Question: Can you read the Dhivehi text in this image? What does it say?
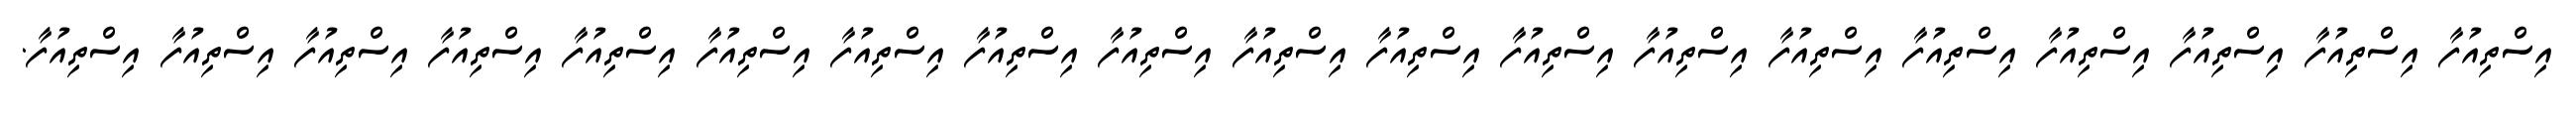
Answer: އިސްތިއުފާ އިސްތިއުފާ އިސްތިއުފާ އިސްތިއުފާ އިސްތިއުފާ އިސްތިއުފާ އިސްތިއުފާ އިސްތިއުފާ އިސްތިއުފާ އިސްތިއުފާ އިސްތިއުފާ އިސްތިއުފާ އިސްތިއުފާ އިސްތިއުފާ އިސްތިއުފާ އިސްތިއުފާ އިސްތިއުފާ އިސްތިއުފާ އިސްތިއުފާ.